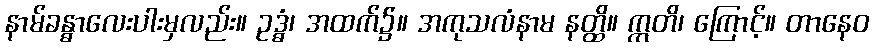
နာမ်ခန္ဓာလေးပါးမှလည်း။ ဥဒ္ဓံ၊ အထက်၌။ အကုသလံနာမ နတ္ထိ။ ဣတိ၊ ကြောင့်။ တာနေဝ